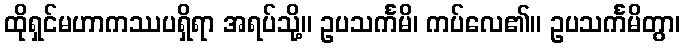
ထိုရှင်မဟာကဿပရှိရာ အရပ်သို့။ ဥပသင်္ကမိ၊ ကပ်လေ၏။ ဥပသင်္ကမိတွာ၊